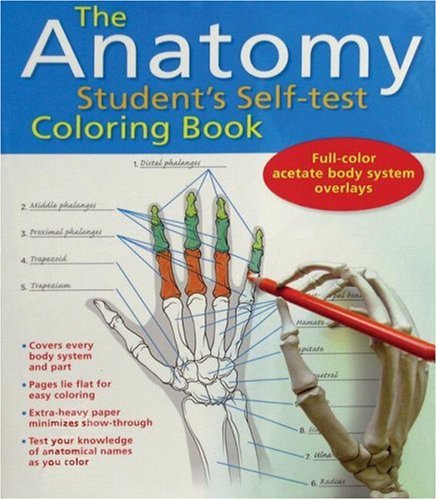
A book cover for The Anatomy Student's Self-Test Coloring Book; Dr. Kurt Albertine; Test Preparation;